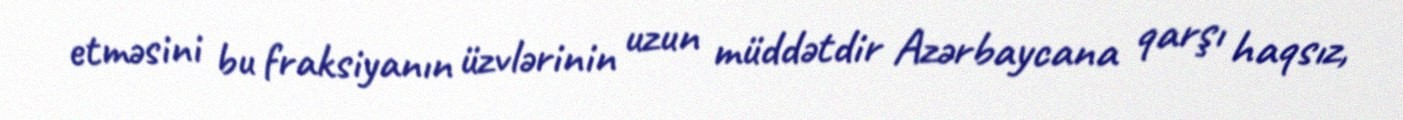
etməsini bu fraksiyanın üzvlərinin uzun müddətdir Azərbaycana qarşı haqsız,